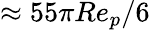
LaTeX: \approx 55\pi Re_{p}/6